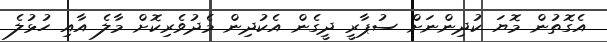
އެގޮތުން މޮޔަ ކުދިންނަށް ސުޕާރީ ދީގެން އެކުދިން މެދުވެރިކޮށް މާލެ އާއި ހުޅުލެ